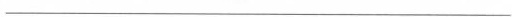
___